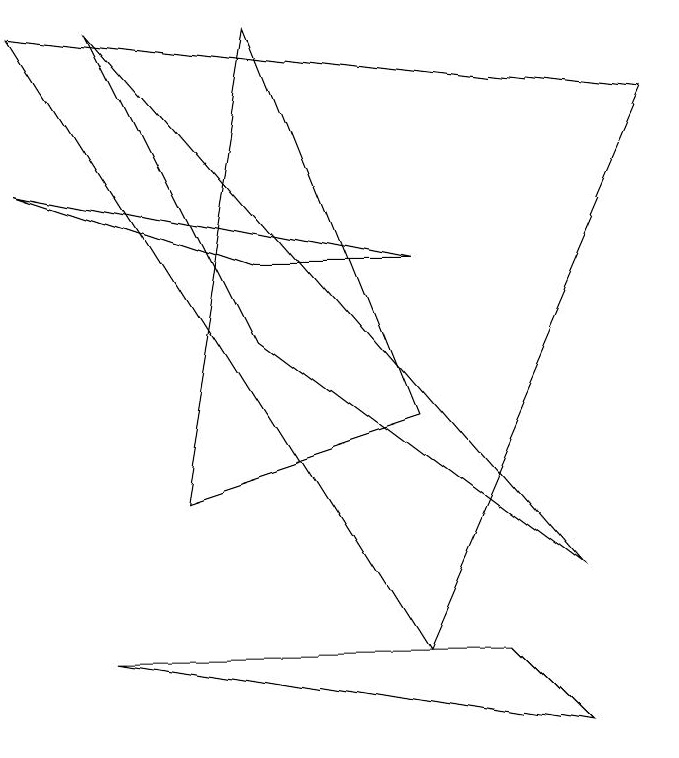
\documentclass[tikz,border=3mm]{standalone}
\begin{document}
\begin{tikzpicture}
\draw (4,6) -- (6,6) -- (1,7) -- cycle;
\draw (2,1) -- (8,0) -- (7,1) -- cycle;
\draw (4,9) -- (6,4) -- (3,3) -- cycle;
\draw (2,9) -- (8,2) -- (4,5) -- cycle;
\draw (1,9) -- (9,8) -- (6,1) -- cycle;
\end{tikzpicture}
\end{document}